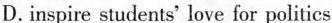
D.inspire students' love for politics